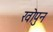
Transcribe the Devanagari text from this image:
खोपुन